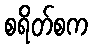
စရိတ်စက